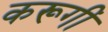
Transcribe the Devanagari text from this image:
करूगीं